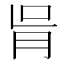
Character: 𦙃